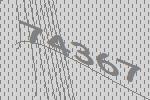
74367